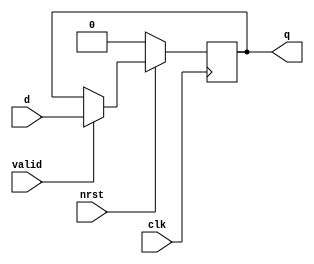
module pipeline_reg #(
    parameter BW = 1
)(
    input clk, nrst, valid,
    input [BW-1:0] d,
    output [BW-1:0] q
);

    reg [BW-1:0] q_temp;

    always @(posedge clk) begin
        if(!nrst)
            q_temp = 0;
        else if(valid)
            q_temp = d;
        else
            q_temp = q_temp;
    end

    assign q = q_temp;
endmodule